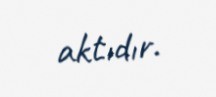
aktıdır.